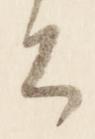
公